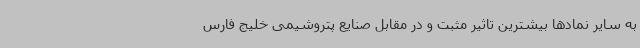
به سایر نمادها بیشترین تاثیر مثبت و در مقابل صنایع پتروشیمی خلیج فارس